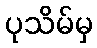
ပုသိမ်မှ